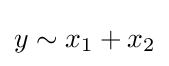
y\sim x_{1}+x_{2}